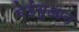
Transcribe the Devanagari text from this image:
वेईयुआन